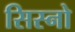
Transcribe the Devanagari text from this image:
सिस्नो